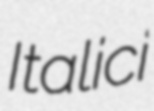
Italici